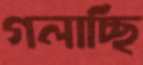
গলাচ্ছি